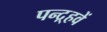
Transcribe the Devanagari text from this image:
पन्द़्हवें